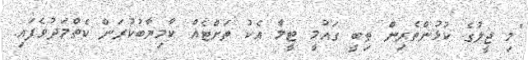
"މި ޖީލުގެ ކުޅުންތެރިން ތިބީ ގައުމީ ޓީމާ އެކު ތަށްޓެއް ކާމިޔާބުކުރަން ކެތްމަދުވެފައި.